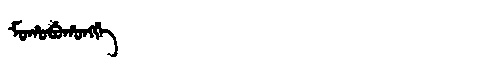
Manchu: ᠮᠣᡥᠣᠪᡠᡥᠣᠩᡤᡝ
Romanization: MOHOBUHONGGE